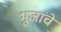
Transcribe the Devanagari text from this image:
भुजांचे